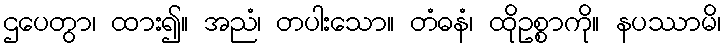
ဌပေတွာ၊ ထား၍။ အညံ၊ တပါးသော။ တံဓနံ၊ ထိုဥစ္စာကို။ နပဿာမိ၊